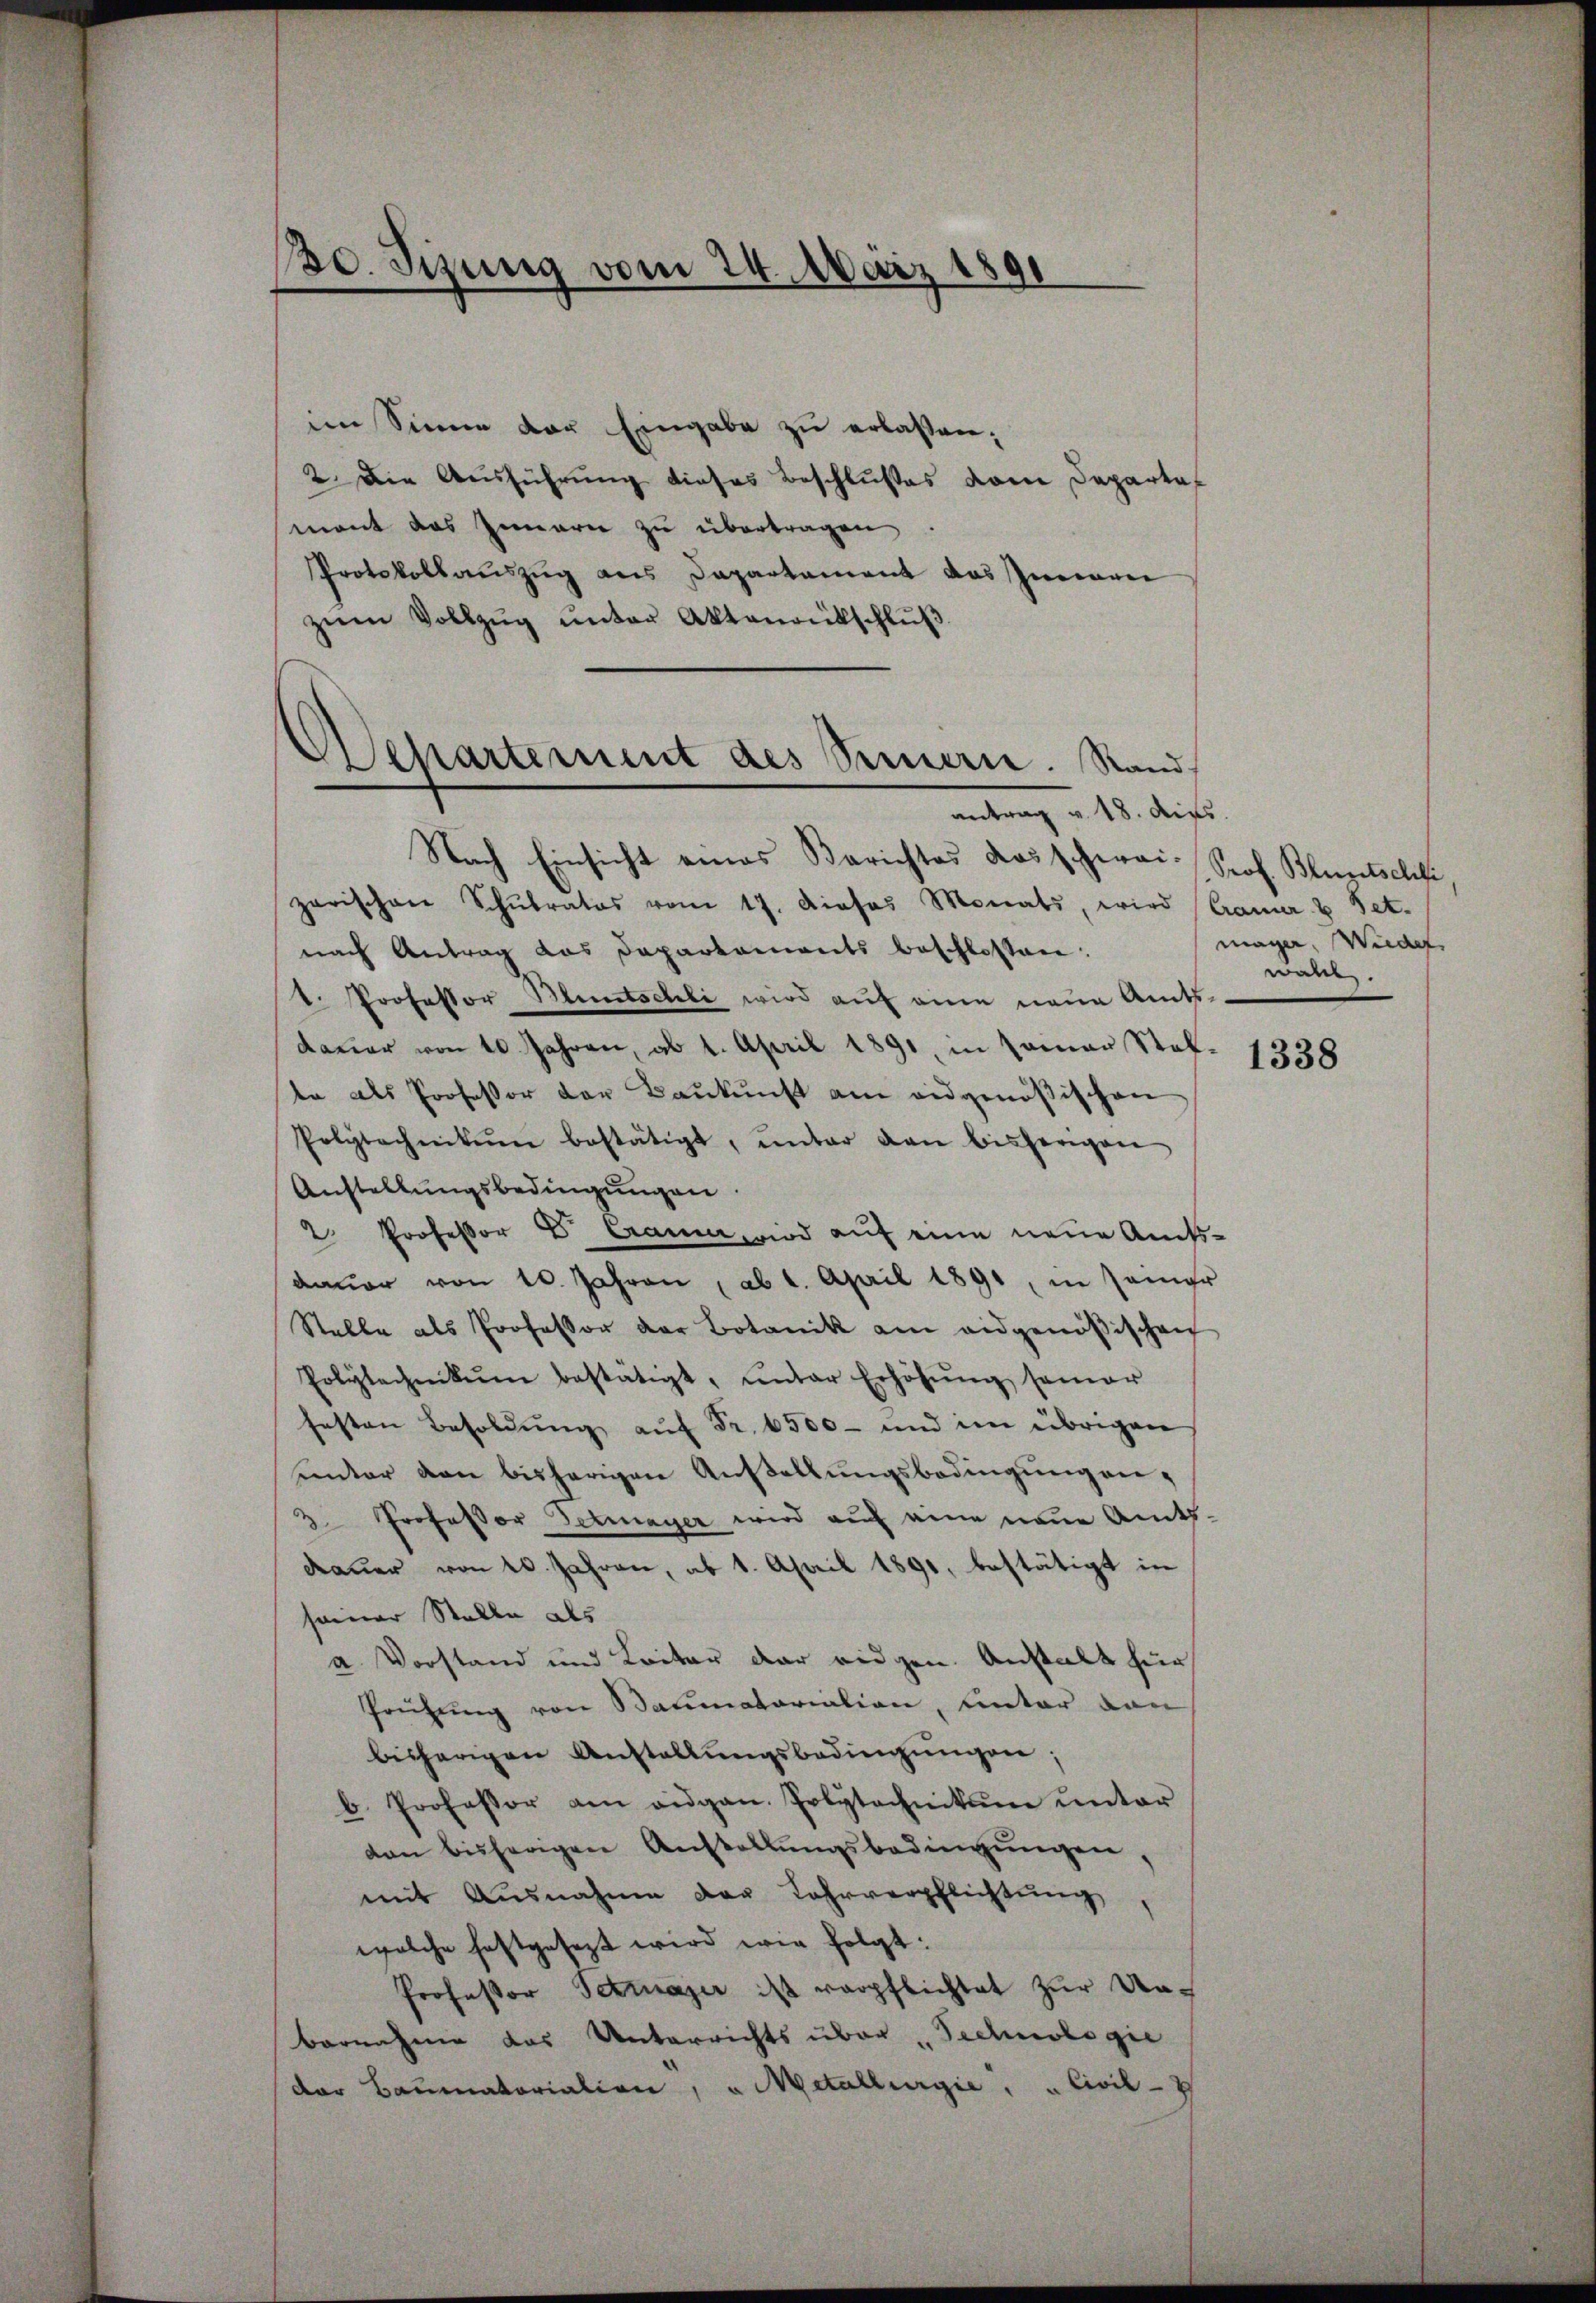
130. Sizung vom 24. März 1891
—

im Sinne der Eingabe zu erlassen:
2. Die Ausführung dieses Beschlußes vom Departemont das Innern zu übertragen
Protokollauszug aus Departement das Innere
zŭm Vollzŭg ŭnter Aktenantschlŭβ

Wehartement des Sinnern. Stand
antrag v. 18. dies

Nach Einsicht eines Berichtes das schwai- Prof. Bluntschli,
zerischen Schŭlrates vom 17. Dieses Monats, wird (Cramer & Pet.
nach Antrag das Departements beschlossen:
t. Professor Bluntschli wird auf eine neue Amts-
daŭer von 10 Jahren, ab 1. April 1891, in Paar Stel-
te als Professor der Baukunft am eidgenößischen
Polytechnikum bestätigt, ŭnter den bisherigen
Anstellungsbedingungen
2. Professor E. Cramer wird auf eine neue Amtsdaŭer von 10. Jahren, ab 1. April 1891, in seiner
Stelle als Professor der Botanik am eidgenößischen
Polytechnikum bestätigt, ŭnter Erhöhŭng samer
festen Besoldŭng auf Fr. 6500 - und im übrigen
hunter von bisherigen Austellungsbedingung an¬
3. Professor Detmayer wird auf eine neue Amts-
dauer von 20. Jahren, ab 1. April 1891, bestätigt in
seiner Stelle des
a. Vorstand und Leiter der eidgen. Anstalt für
Prüfung von Baumatariation, unter dan
bisherigen Anstallŭngsbedingŭngen;
b. Professor am eidgan. Polytechnikum ŭnter
don bisherigen Anstallŭngsbedingŭngen,
mit Ausnahme der Lahrverpflichtŭng,
welche festgesezt wird wie folgt:
Professor Schrazer ist verpflichtet zur Unbernahme das Unterrichts über Technologie
der Baumatorialien, u Metallurgie " " Civil-

möge. Wieder
wahl.

1338